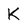
Character: K